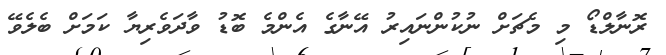
ރޮނާލްޑޯ މި މެޗަށް ނުކުންނައިރު އޭނާގެ އެންމެ ބޮޑު ވާދަވެރިޔާ ކަމަށް ބެލެވޭ